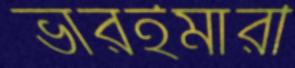
ভারইমারী